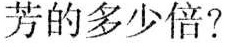
芳的多少倍?